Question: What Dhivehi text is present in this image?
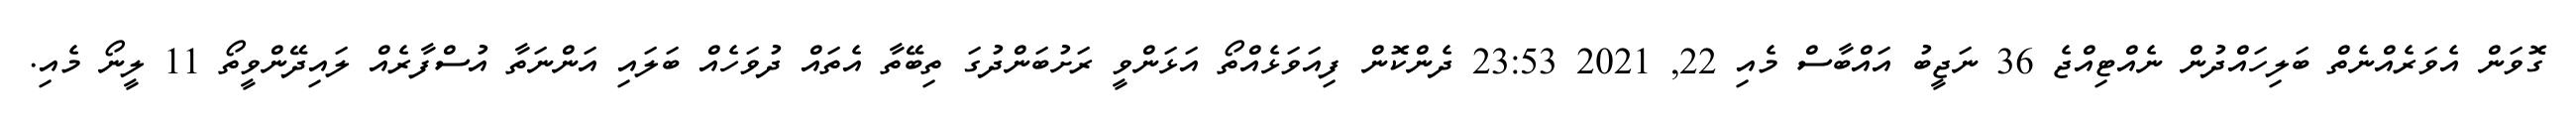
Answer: ގޮވަން އެވަރެއްނެތް ބަލިހައްދުން ނެއްޓިއްޖެ 36 ނަޖީބު އައްބާސް މެއި 22, 2021 23:53 ދެންކޮން ފިއަވަޅެއްތޯ އަޅަންވީ ރަށުބަންދުގަ ތިބޭތާ އެތައް ދުވަހެއް ބަލައި އަންނަތާ އުސްފާރެއް ލައިދޭންވީތޯ 11 ލީނޯ މެއި.